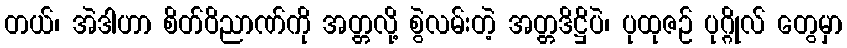
တယ်၊ အဲဒါဟာ စိတ်ဝိညာဏ်ကို အတ္တလို့ စွဲလမ်းတဲ့ အတ္တဒိဋ္ဌိပဲ၊ ပုထုဇဉ် ပုဂ္ဂိုလ် တွေမှာ